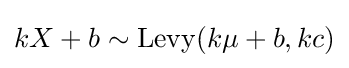
kX+b\sim \operatorname {Levy} (k\mu +b,kc)